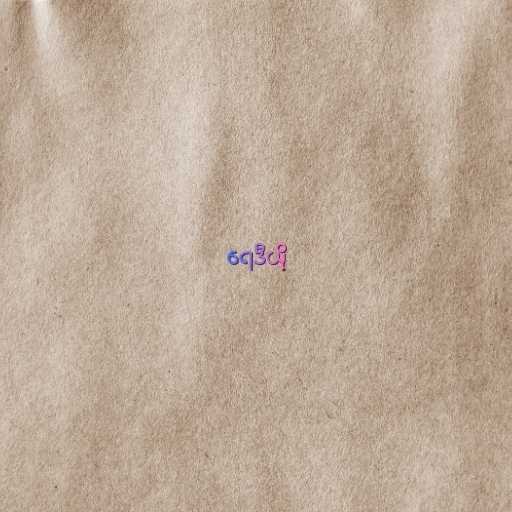
ရေဒီယို